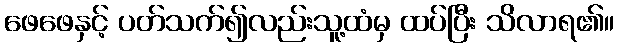
ဖေဖေနှင့် ပတ်သက်၍လည်းသူ့ထံမှ ထပ်ပြီး သိလာရ၏။